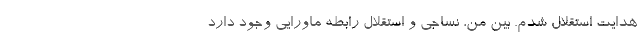
هدایت استقلال شدم. بین من، نساجی و استقلال رابطه ماورایی وجود دارد